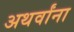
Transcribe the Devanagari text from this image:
अथर्वांना